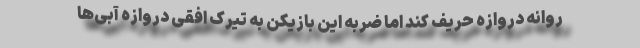
روانه دروازه حریف کند اما ضربه این بازیکن به تیرک افقی دروازه آبی‌ها